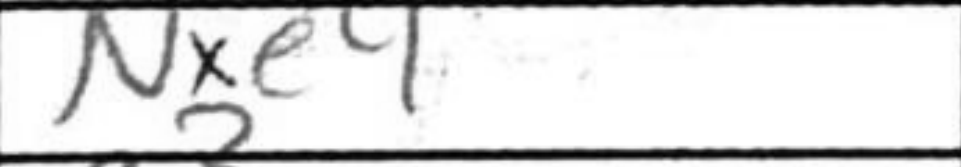
Transcription: Nxe4